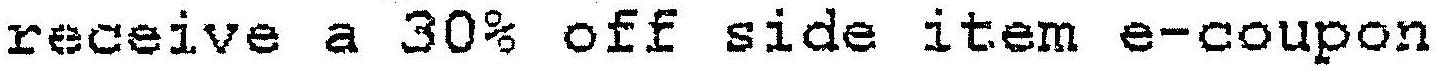
RECEIVE A 30% OFF SIDE ITEM E-COUPON